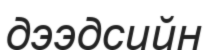
дээдсийн